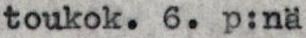
toukok.6.p:nä